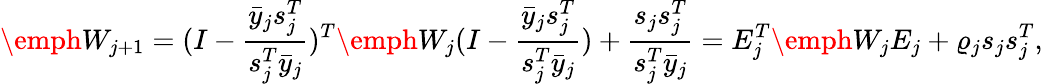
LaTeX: \emph W_{j+1}=(I-\frac{\bar{y}_{j}s_{j}^{T}}{s_{j}^{T}\bar{y}_{j}})^{T}\emph W_{j}(I-\frac{\bar{y}_{j}s_{j}^{T}}{s_{j}^{T}\bar{y}_{j}})+\frac{s_{j}s_{j}^{T}}{s_{j}^{T}\bar{y}_{j}}=E_{j}^{T}\emph W_{j}E_{j}+\varrho_{j}{s_{j}s_{j}^{T}},